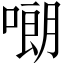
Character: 𠻴